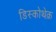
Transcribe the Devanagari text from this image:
डिस्कोथेक़